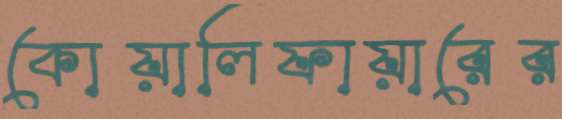
কোয়ালিফায়ারের